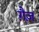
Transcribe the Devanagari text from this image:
ग़ैज़